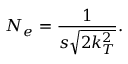
N _ { e } = \frac { 1 } { s \sqrt { 2 k _ { T } ^ { 2 } } } .